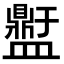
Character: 𭾕